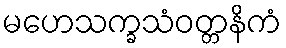
မဟေသက္ခသံဝတ္တနိကံ